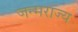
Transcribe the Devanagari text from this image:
जन्मराज्य